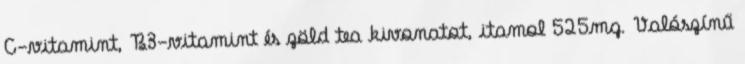
C-vitamint, B3-vitamint és zöld tea kivonatot, itamol 525mg. Valószínű